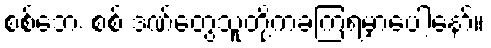
စစ်ဘေး စစ် ဒဏ်တွေသူတို့ကခံကြရမှာပေါ့နော်။